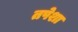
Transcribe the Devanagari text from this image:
तपेशा